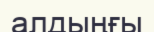
алдыңғы